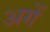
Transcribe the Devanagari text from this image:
अगें